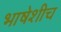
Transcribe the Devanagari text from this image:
भाषेशीच